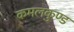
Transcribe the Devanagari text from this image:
कमलकुण्ड